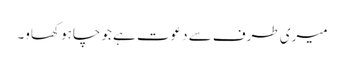
میری طرف سے دعوت ہے جو چاہو کھاو۔